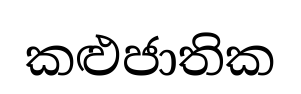
කළුජාතික